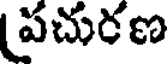
పచురణ